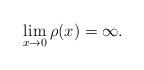
LaTeX: \begin{align*} \lim_{x\rightarrow 0}\rho(x)=\infty. \end{align*}